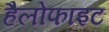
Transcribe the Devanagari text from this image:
हैलोफाइट